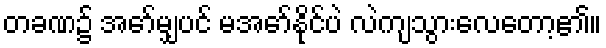
တခဏ၌ အော်မျှပင် မအော်နိုင်ပဲ လဲကျသွားလေတော့၏။